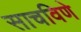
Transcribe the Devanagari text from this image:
साचविणे